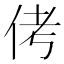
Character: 侤